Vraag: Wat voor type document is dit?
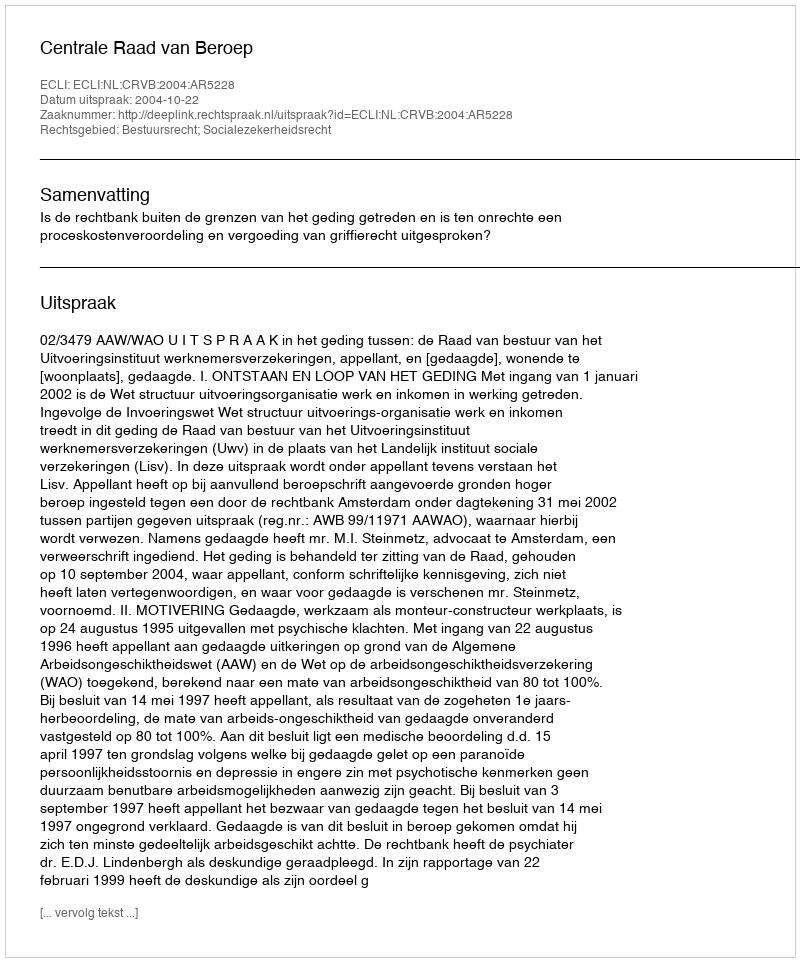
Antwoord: Uitspraak